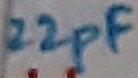
Text: 22pF